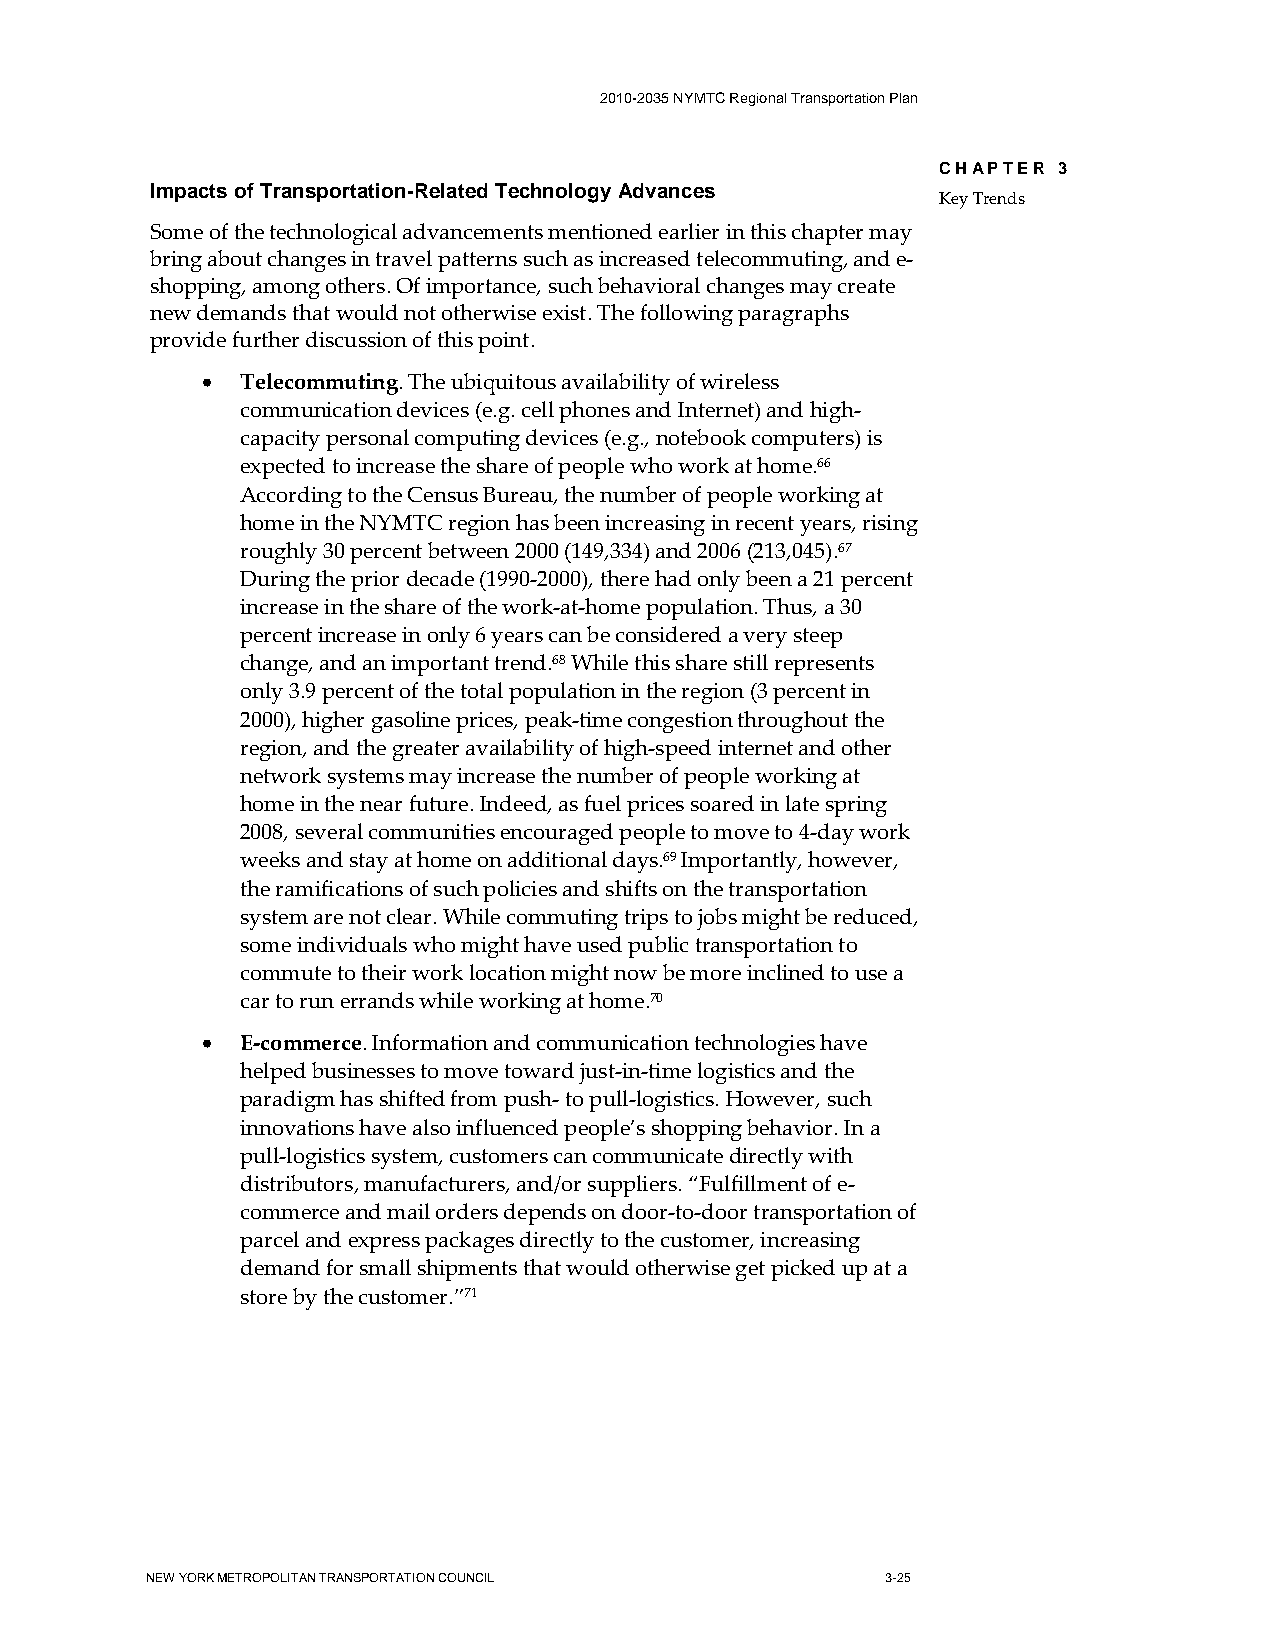
2010-2035 NYMTC Regional Transportation Plan
 CHAPTER 3
 Impacts of Transportation-Related Technology Advances
 Key Trends
 Some of the technological advancements mentioned earlier in this chapter may
 bring about changes in travel patterns such as increased telecommuting, and e-
 shopping, among others. Of importance, such behavioral changes may create
 new demands that would not otherwise exist. The following paragraphs
 provide further discussion of this point.
 •  Telecommuting. The ubiquitous availability of wireless
 communication devices (e.g. cell phones and Internet) and high-
 capacity personal computing devices (e.g., notebook computers) is
 expected to increase the share of people who work at home.66
 According to the Census Bureau, the number of people working at
 home in the NYMTC region has been increasing in recent years, rising
 roughly 30 percent between 2000 (149,334) and 2006 (213,045).67
 During the prior decade (1990-2000), there had only been a 21 percent
 increase in the share of the work-at-home population. Thus, a 30
 percent increase in only 6 years can be considered a very steep
 change, and an important trend.68 While this share still represents
 only 3.9 percent of the total population in the region (3 percent in
 2000), higher gasoline prices, peak-time congestion throughout the
 region, and the greater availability of high-speed internet and other
 network systems may increase the number of people working at
 home in the near future. Indeed, as fuel prices soared in late spring
 2008, several communities encouraged people to move to 4-day work
 weeks and stay at home on additional days.69 Importantly, however,
 the ramifications of such policies and shifts on the transportation
 system are not clear. While commuting trips to jobs might be reduced,
 some individuals who might have used public transportation to
 commute to their work location might now be more inclined to use a
 car to run errands while working at home.70
 •  E-commerce. Information and communication technologies have
 helped businesses to move toward just-in-time logistics and the
 paradigm has shifted from push- to pull-logistics. However, such
 innovations have also influenced people’s shopping behavior. In a
 pull-logistics system, customers can communicate directly with
 distributors, manufacturers, and/or suppliers. “Fulfillment of e-
 commerce and mail orders depends on door-to-door transportation of
 parcel and express packages directly to the customer, increasing
 demand for small shipments that would otherwise get picked up at a
 store by the customer.”71
 NEW YORK METROPOLITAN TRANSPORTATION COUNCIL     3-25